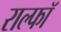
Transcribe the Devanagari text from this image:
राल्फॉ